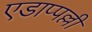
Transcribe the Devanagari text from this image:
एडाप्पल्ली